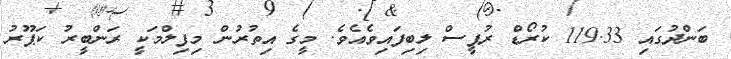
ބަންދުގައި 119.33 ކުރޯޑް ރުޕީސް ލިބިފައިވެއެވެ. މީގެ އިތުރުން މިފިލްމަކީ ރަންބީރު ކަޕޫރު